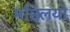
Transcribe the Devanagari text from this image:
मछ्लियो